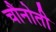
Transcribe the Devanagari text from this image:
चौनोती